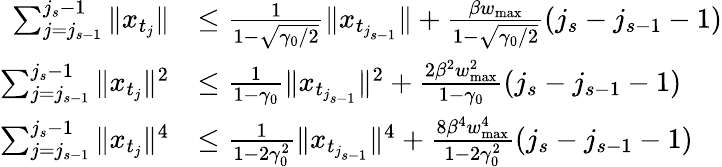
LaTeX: \begin{array}{rl}{\sum_{j=j_{s-1}}^{j_{s}-1}\| x_{t_{j}}\| }&{\leq\frac{1}{1-\sqrt{\gamma_{0}/2}}\| x_{t_{j_{s-1}}}\| +\frac{\beta w_{\operatorname*{max}}}{1-\sqrt{\gamma_{0}/2}}(j_{s}-j_{s-1}-1)}\\ {\sum_{j=j_{s-1}}^{j_{s}-1}\| x_{t_{j}}\| ^{2}}&{\leq\frac{1}{1-\gamma_{0}}\| x_{t_{j_{s-1}}}\| ^{2}+\frac{2\beta^{2}w_{\operatorname*{max}}^{2}}{1-\gamma_{0}}(j_{s}-j_{s-1}-1)}\\ {\sum_{j=j_{s-1}}^{j_{s}-1}\| x_{t_{j}}\| ^{4}}&{\leq\frac{1}{1-2\gamma_{0}^{2}}\| x_{t_{j_{s-1}}}\| ^{4}+\frac{8\beta^{4}w_{\operatorname*{max}}^{4}}{1-2\gamma_{0}^{2}}(j_{s}-j_{s-1}-1)}\end{array}